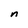
Character: n